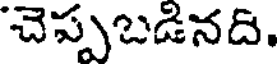
చెప్పబడినది.